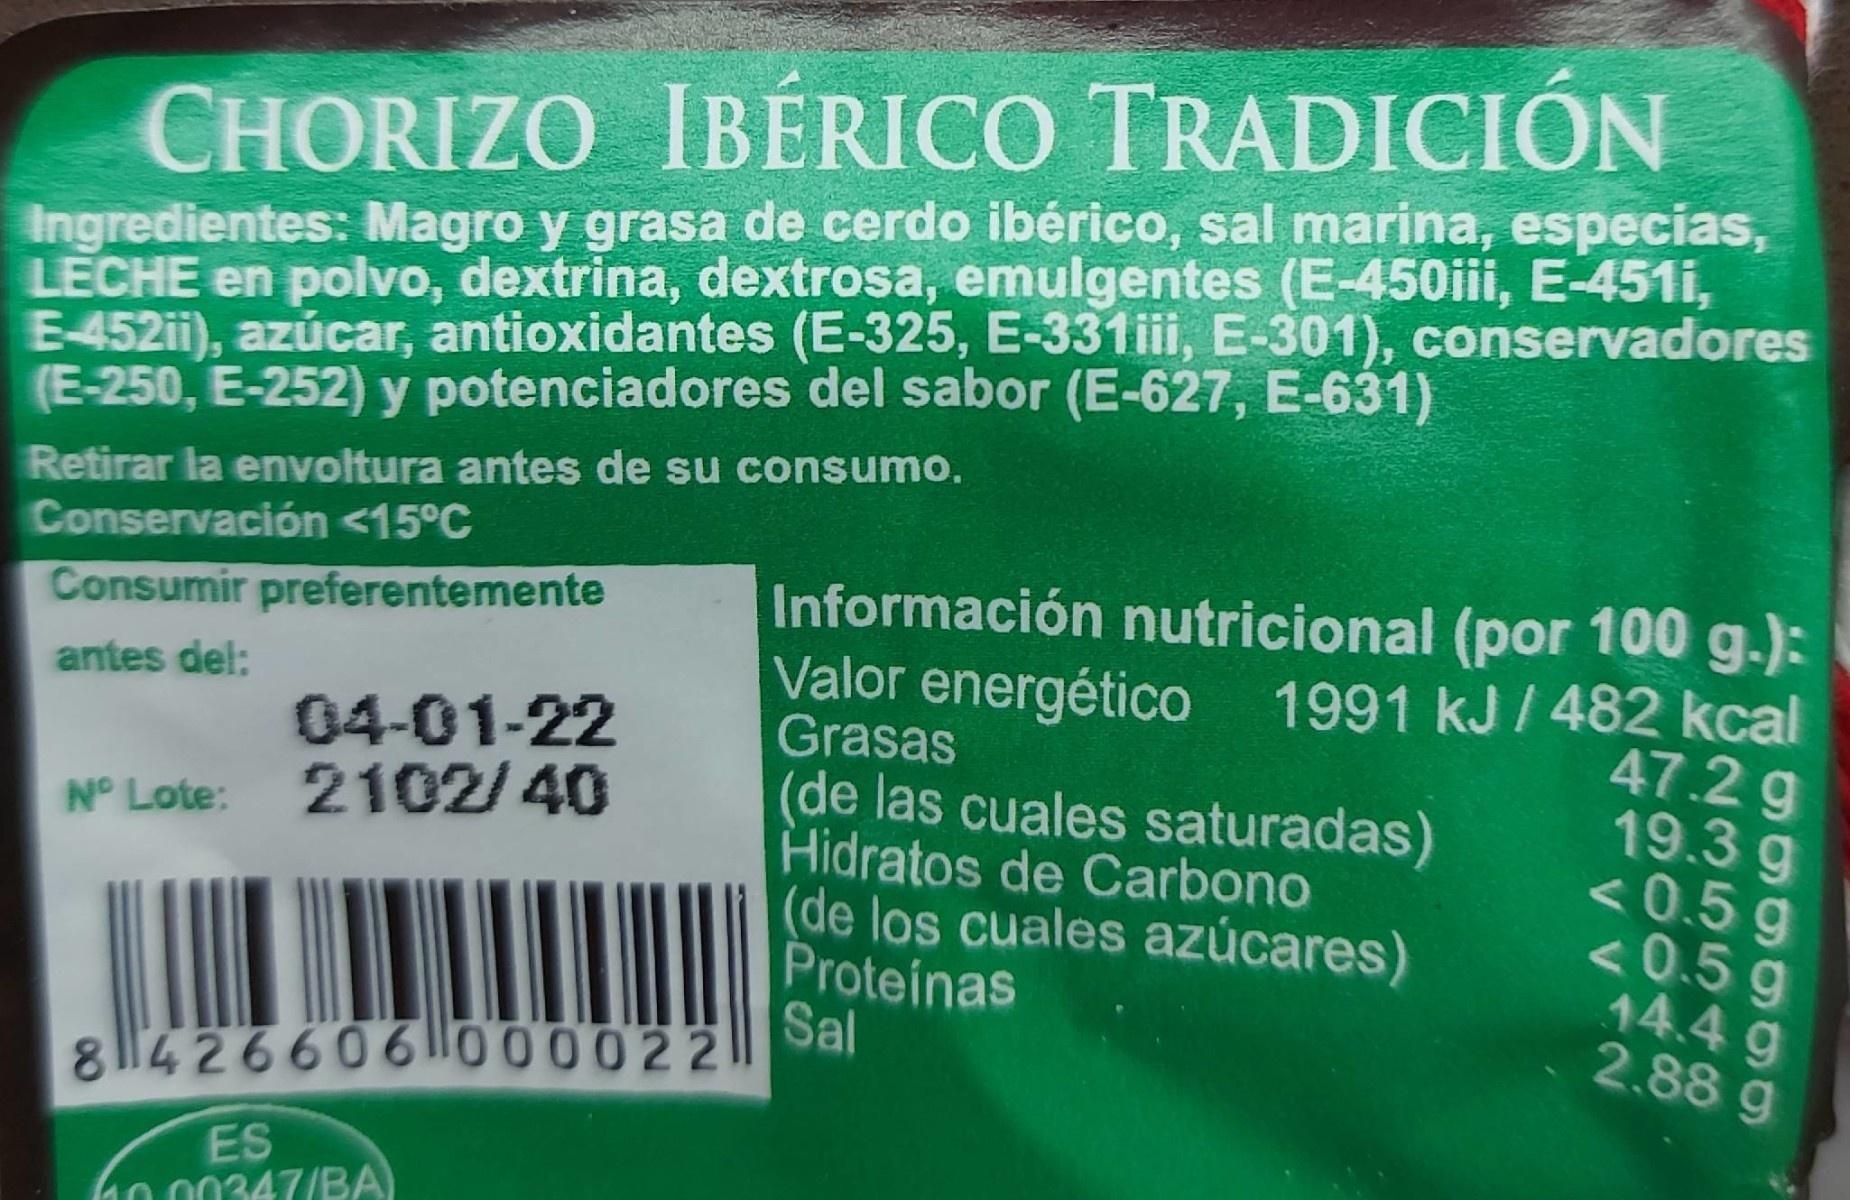
CHORIZO IBÉRICO TRADICIÓN
Ingredientes: Magro y grasa de cerdo ibérico, sal marina, especias, LECHE en polvo, dextrina, dextrosa, emulgentes (E-450iii, E-451i, E-452ii), azúcar, antioxidantes (E-325, E-331iii, E-301), conservadores (E-250, E-252) y potenciadores del sabor (E-627, E-631)
Retirar la envoltura antes de su consumo. Conservación <15°C
Información nutricional (por 100 g.): Valor energético 1991 kJ/ 482 kcal Grasas (de las cuales saturadas) Hidratos de Carbono (de los cuales azúcares) Proteínas Sal
Consumir preferentemente
antes del:
47.2 g 19.3 g < 0.5 g <0.5 g 14.4 g 2.88 g
04-01-22
Nº Lote: 2102/ 40
8 14 26606000022
ES 00347/BA)